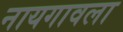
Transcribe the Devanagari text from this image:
नायगावला